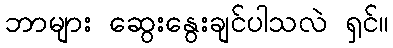
ဘာများ ဆွေးနွေးချင်ပါသလဲ ရှင်။